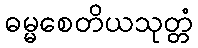
ဓမ္မစေတိယသုတ္တံ